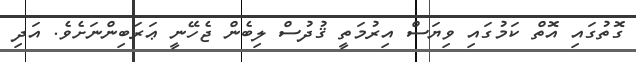
ގޮތުގައި އޮތް ކަމުގައި ވިޔަސް އިރުމަތީ ޤުދުސް ލިބެން ޖެހޭނީ ޢަރަބިންނަށެވެ. އަދި